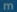
m